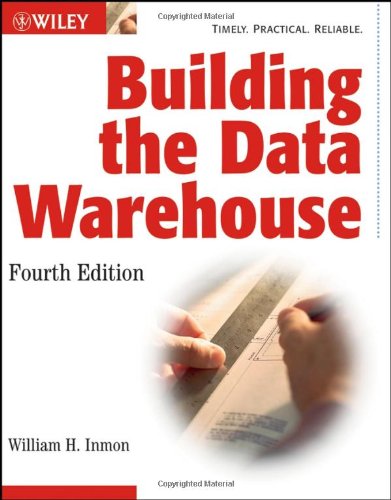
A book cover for Building the Data Warehouse; W. H. Inmon; Computers & Technology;